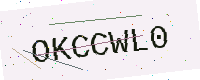
Text: OKCCWL0